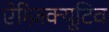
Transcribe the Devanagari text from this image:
ऐग्ज़िक्यूटिव